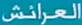
العرائش